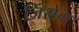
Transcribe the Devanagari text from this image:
जिंसेग